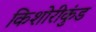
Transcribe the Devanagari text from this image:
किशोरीकुंड